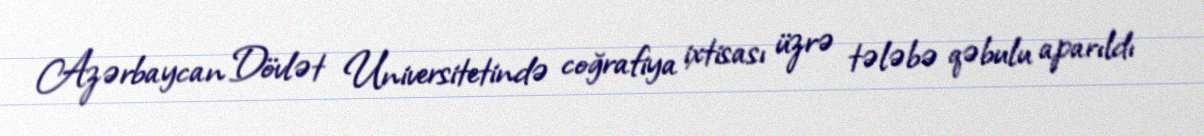
Azərbaycan Dövlət Universitetində coğrafiya ixtisası üzrə tələbə qəbulu aparıldı